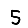
Digit: 5